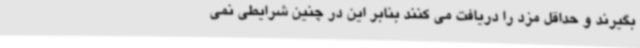
بگیرند و حداقل مزد را دریافت می کنند بنابر این در چنین شرایطی نمی